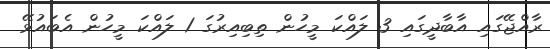
ރާއްޖޭގައި އާބާދީގައި 3 ލައްކަ މީހުން ތިބިއިރުގަ 1 ލައްކަ މީހުން އެބައުޅޭ